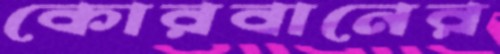
কোরবানের